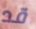
قد